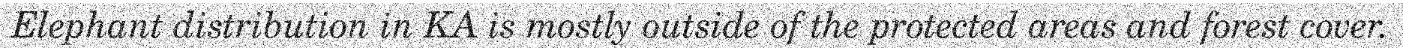
Elephant distribution in KA is mostly outside of the protected areas and forest cover.